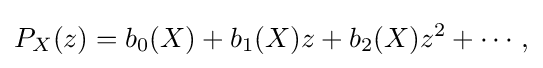
P_{X}(z)=b_{0}(X)+b_{1}(X)z+b_{2}(X)z^{2}+\cdots ,\,\!